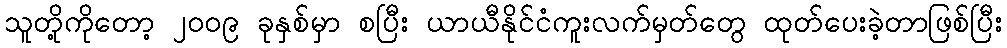
သူတို့ကိုတော့ ၂၀၀၉ ခုနှစ်မှာ စပြီး ယာယီနိုင်ငံကူးလက်မှတ်တွေ ထုတ်ပေးခဲ့တာဖြစ်ပြီး